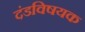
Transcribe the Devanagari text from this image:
दंडविषयक